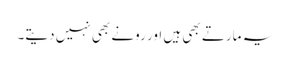
یہ مارتے بھی ہیں اور رونے بھی نہیں دیتے۔